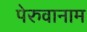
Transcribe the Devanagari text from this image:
पेरुवानाम